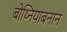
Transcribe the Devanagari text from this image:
बोथ्नियाबनान